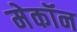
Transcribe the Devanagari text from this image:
मेकॉन